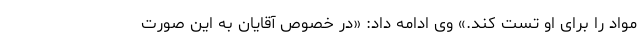
مواد را برای او تست کند.» وی ادامه داد: «در خصوص آقایان به این صورت